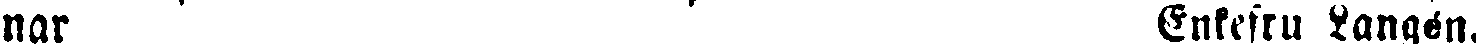
nar Enkefru Sangen.